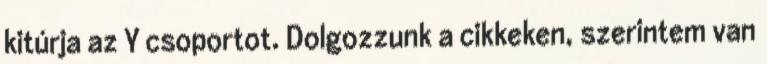
kitúrja az Y csoportot. Dolgozzunk a cikkeken, szerintem van